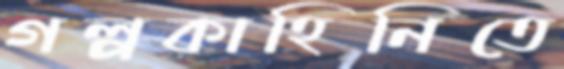
গল্পকাহিনিতে